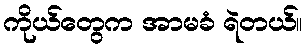
ကိုယ်တွေက အာမခံ ရဲတယ်။